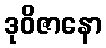
ဒုဝိဇာနော